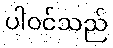
ပါဝင်သည်